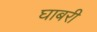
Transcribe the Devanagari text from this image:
घाबरी